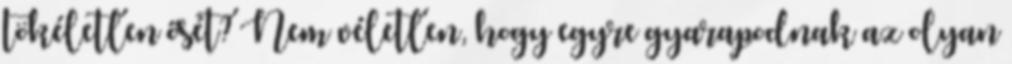
tökéletlen ősét? Nem véletlen, hogy egyre gyarapodnak az olyan